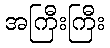
အကြီးကြီး